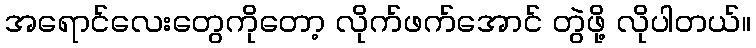
အရောင်လေးတွေကိုတော့ လိုက်ဖက်အောင် တွဲဖို့ လိုပါတယ်။